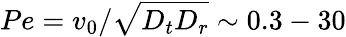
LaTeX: Pe=v_{0}/\sqrt{D_{t}D_{r}}\sim 0.3-30